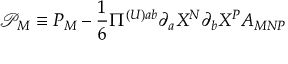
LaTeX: \mathcal { P } _ { M } \mathcal { \equiv } P _ { M } - \frac { 1 } { 6 } \Pi ^ { ( U ) a b } \partial _ { a } X ^ { N } \partial _ { b } X ^ { P } A _ { M N P }